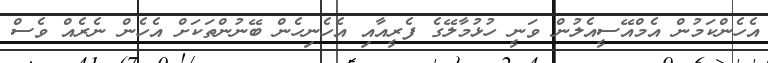
އެހެންކަމުން އެމްއޭސީއެލުން ވަނީ ހުޅުމާލޭގެ ފެރީއާއި އެހެނިހެން ބޭނުންތަކަށް އެހެން ނެރެއް ވެސް